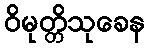
ဝိမုတ္တိသုခေန